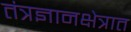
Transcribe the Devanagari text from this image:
तंत्रज्ञानक्षेत्रात